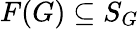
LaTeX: F(G)\subseteq S_{G}